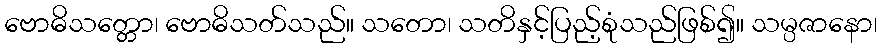
ဗောဓိသတ္တော၊ ဗောဓိသတ်သည်။ သတော၊ သတိနှင့်ပြည့်စုံသည်ဖြစ်၍။ သမ္ပဇာနော၊